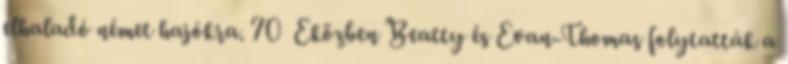
elhaladó német hajókra. 70 Eközben Beatty és Evan-Thomas folytatták a